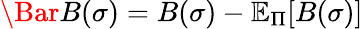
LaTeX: \Bar{B}(\sigma)=B(\sigma)-\mathbb{E}_{\Pi}[B(\sigma)]